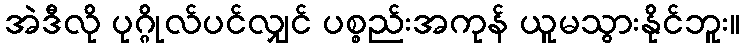
အဲဒီလို ပုဂ္ဂိုလ်ပင်လျှင် ပစ္စည်းအကုန် ယူမသွားနိုင်ဘူး။